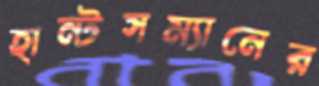
হান্টসম্যানের